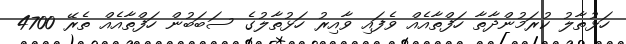
ހަޅުތާލު ކުރަމުންދާތާ ހަފްތާއެއް ވެފައި ވާއިރު ހަޅުތާލުގެ ސަބަބުން ހަފްތާއެއް ތެރޭ 4700